Indian journal of veterinary science and animal husbandry - Volume 1,
Year: 1931
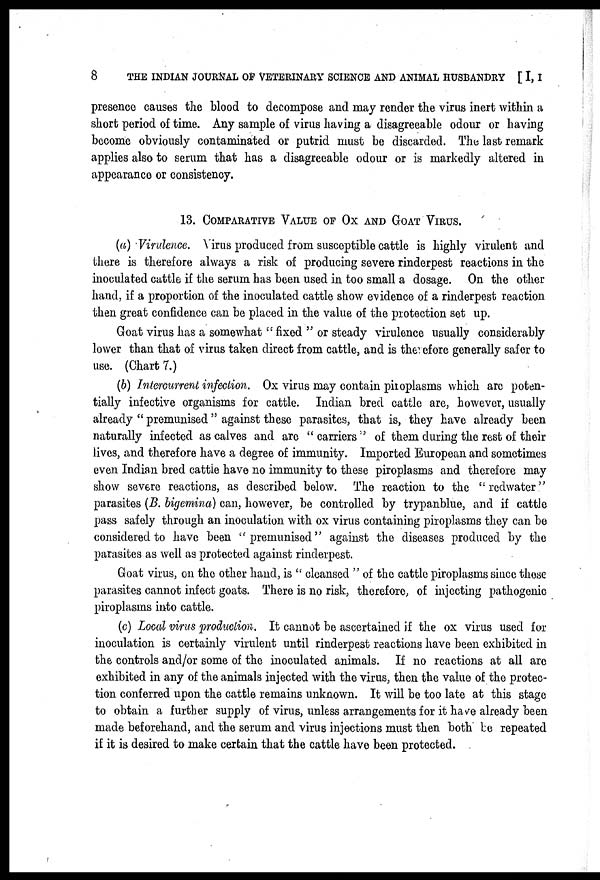
8
THE INDIAN JOURNAL OF VETERINARY SCIENCE AND ANIMAL HUSBANDRY [I, I
presence causes the blood to decompose and may render the virus inert within a
short period of time. Any sample of virus having a disagreeable odour or having
become obviously contaminated or putrid must be discarded. The last remark
applies also to serum that has a disagreeable odour or is markedly altered in
appearance or consistency.
13. COMPARATIVE VALUE OF OX AND GOAT VIRUS.
(a) Virulence. Virus produced from susceptible cattle is highly virulent and
there is therefore always a risk of producing severe rinderpest reactions in the
inoculated cattle if the serum has been used in too small a dosage. On the other
hand, if a proportion of the inoculated cattle show evidence of a rinderpest reaction
then great confidence can be placed in the value of the protection set up.
Goat virus has a somewhat " fixed " or steady virulence usually considerably
lower than that of virus taken direct from cattle, and is therefore generally safer to
use. (Chart 7.)
(b) Intercurrent infection. Ox virus may contain piroplasms which arc poten-
tially infective organisms for cattle. Indian bred cattle are, however, usually
already "premunised" against these parasites, that is, they have already been
naturally infected as calves and are " carriers " of them during the rest of their
lives, and therefore have a degree of immunity. Imported European and sometimes
even Indian bred cattle have no immunity to these piroplasms and therefore may
show severe reactions, as described below. The reaction to the "redwater"
parasites (B. bigemina) can, however, be controlled by trypanblue, and if cattle
pass safely through an inoculation with ox virus containing piroplasms they can be
considered to have been " premunised" against the diseases produced by the
parasites as well as protected against rinderpest.
Goat virus, on the other hand, is " cleansed " of the cattle piroplasms since these
parasites cannot infect goats. There is no risk, therefore, of injecting pathogenic
piroplasms into cattle.
(c) Local virus production. It cannot be ascertained if the ox virus used for
inoculation is certainly virulent until rinderpest reactions have been exhibited in
the controls and/or some of the inoculated animals. If no reactions at all are
exhibited in any of the animals injected with the virus, then the value of the protec-
tion conferred upon the cattle remains unknown. It will be too late at this stage
to obtain a further supply of virus, unless arrangements for it have already been
made beforehand, and the serum and virus injections must then both be repeated
if it is desired to make certain that the cattle have been protected.